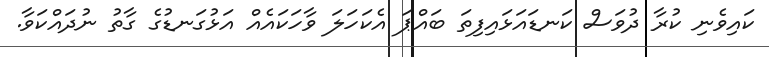
ކައިވެނި ކުރާ ދުވަސް ކަނޑައަޅައިފިތަ ބައްޕަ އެކަހަލަ ވާހަކައެއް އަޅުގަނޑުގެ ގާތު ނުދައްކަވާ.